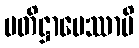
ပတိဋ္ဌာပေဿာမိ